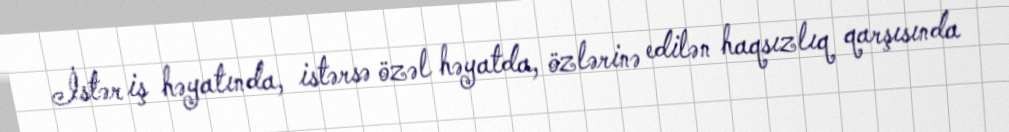
İstər iş həyatında, istərsə özəl həyatda, özlərinə edilən haqsızlıq qarşısında